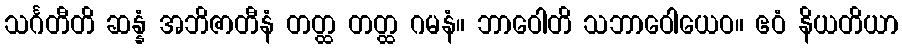
သင်္ဂတီတိ ဆန္နံ အဘိဇာတီနံ တတ္ထ တတ္ထ ဂမနံ။ ဘာဝေါတိ သဘာဝေါယေဝ။ ဧဝံ နိယတိယာ